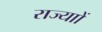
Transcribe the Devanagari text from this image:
राज्याों